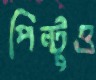
পিন্টুও